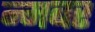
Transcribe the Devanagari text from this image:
न्मबर